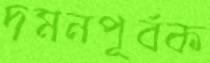
দমনপূর্বক